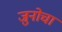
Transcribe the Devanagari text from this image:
जुनोचा